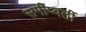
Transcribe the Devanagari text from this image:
समीप्वर्ती